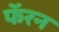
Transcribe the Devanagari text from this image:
फॅरन